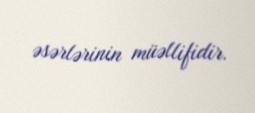
əsərlərinin müəllifidir.